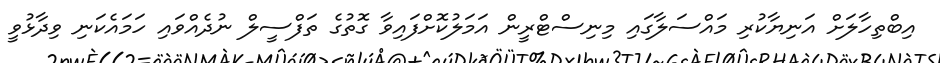
އިބްތިހާލަށް އަނިޔާކުރި މައްސަލާގައި މިނިސްޓްރީން އަމަލުކޮށްފައިވާ ގޮތުގެ ތަފްސީލް ނުދެއްވައި ހަމައެކަނި ވިދާޅުވީ